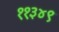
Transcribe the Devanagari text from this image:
११३४९